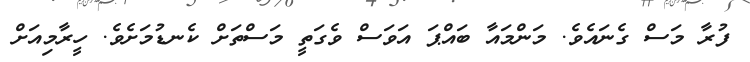
ފުރާ މަސް ގެނައެވެ. މަންމައާ ބައްޕަ އަވަސް ވެގަތީ މަސްތަށް ކެނޑުމަށެވެ. ހީރާމިއަށް